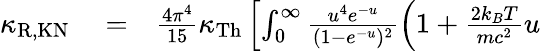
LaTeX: \begin{array}{rlr}{\kappa_{\mathrm{R,KN}}}&{{}=}&{\frac{4\pi^{4}}{15}\kappa_{\mathrm{Th}}\left[\int_{0}^{\infty}\frac{u^{4}e^{-u}}{(1-e^{-u})^{2}}\left(1+\frac{2k_{B}T}{mc^{2}}u\right.\right.}\end{array}